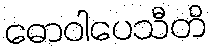
ဓောဝါပေသီတိ